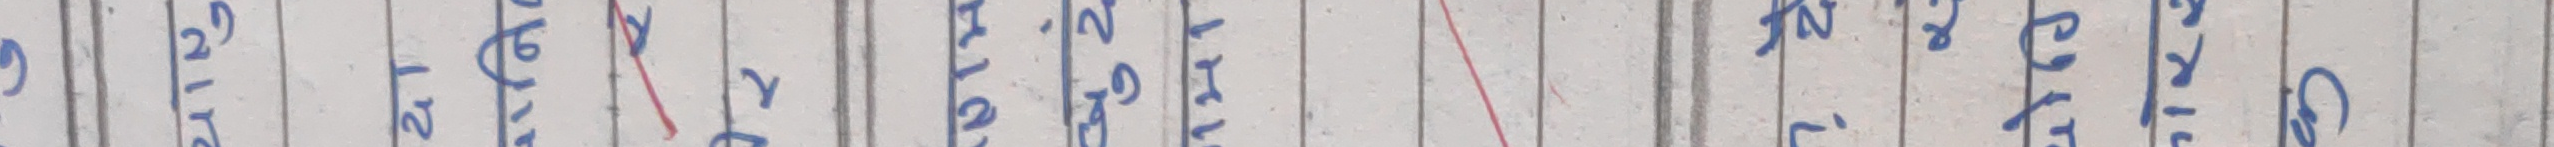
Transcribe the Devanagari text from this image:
९ अथवा १३ प्रार्थना १२ परीक्षा ११ प्रवेश १० प्रश्न